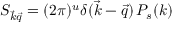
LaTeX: S _ { { \vec { k } } { \vec { q } } } = ( 2 \pi ) ^ { u } \delta ( { \vec { k } } - { \vec { q } } ) \, P _ { s } ( k )